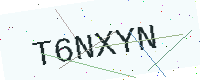
Text: T6NXYN